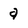
Character: a